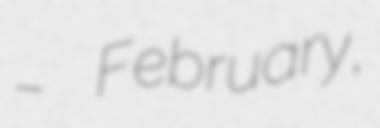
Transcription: – February,